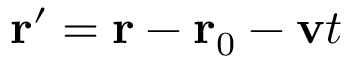
\mathbf { r } ^ { \prime } = \mathbf { r } - \mathbf { r } _ { 0 } - \mathbf { v } t